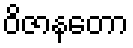
ဝိဇာနတော